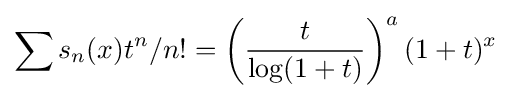
\displaystyle \sum s_{n}(x)t^{n}/n!=\left({\frac {t}{\log(1+t)}}\right)^{a}(1+t)^{x}